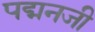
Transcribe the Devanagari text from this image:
पद्मनजी